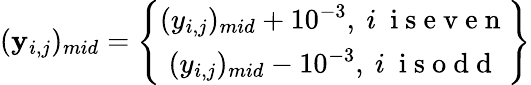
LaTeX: (\mathbf{y}_{i,j})_{mid}=\left\{ \begin{array}{c}{(y_{i,j})_{mid}+10^{-3},\ i\ \mathrm{~i~s~e~v~e~n~}}\\ {(y_{i,j})_{mid}-10^{-3},\ i\ \mathrm{~i~s~o~d~d~}}\end{array}\right\}